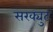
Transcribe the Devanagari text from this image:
सरक्युट